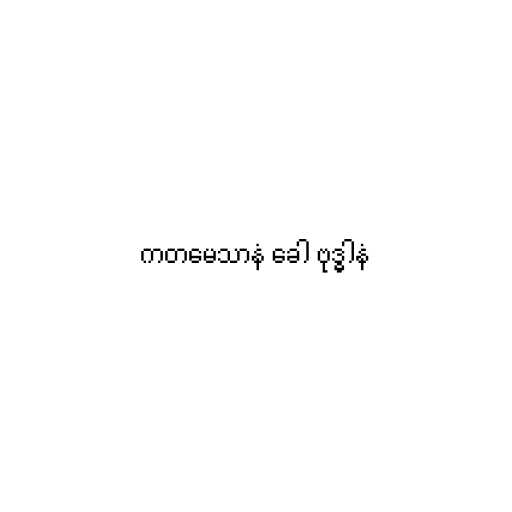
ကတမေသာနံ ခေါ ဗုဒ္ဓါနံ